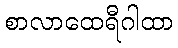
စာလာထေရီဂါထာ